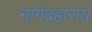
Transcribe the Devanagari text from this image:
नागेंद्रहाराय